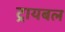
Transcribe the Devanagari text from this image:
ट्रायबल